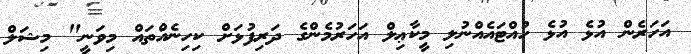
އަހަރެން އުޅެ އުޅެ ހުއްޓައެއްނުލި މީކާޢިލް އަހަރުމެންގެ ދަރިފުޅަށް ކިހިނެއްތައް މިވަނީ" މިޝަލް